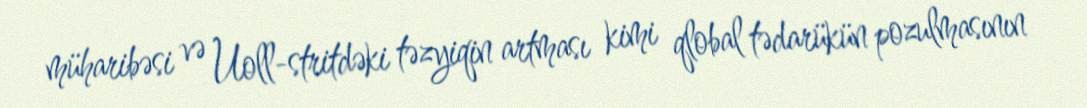
müharibəsi və Uoll-stritdəki təzyiqin artması kimi qlobal tədarükün pozulmasının